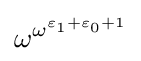
\omega ^{\omega ^{\varepsilon _{1}+\varepsilon _{0}+1}}